Senior Leaving Certificate Examination (including Day School Certificate (Higher) General paper), 1950
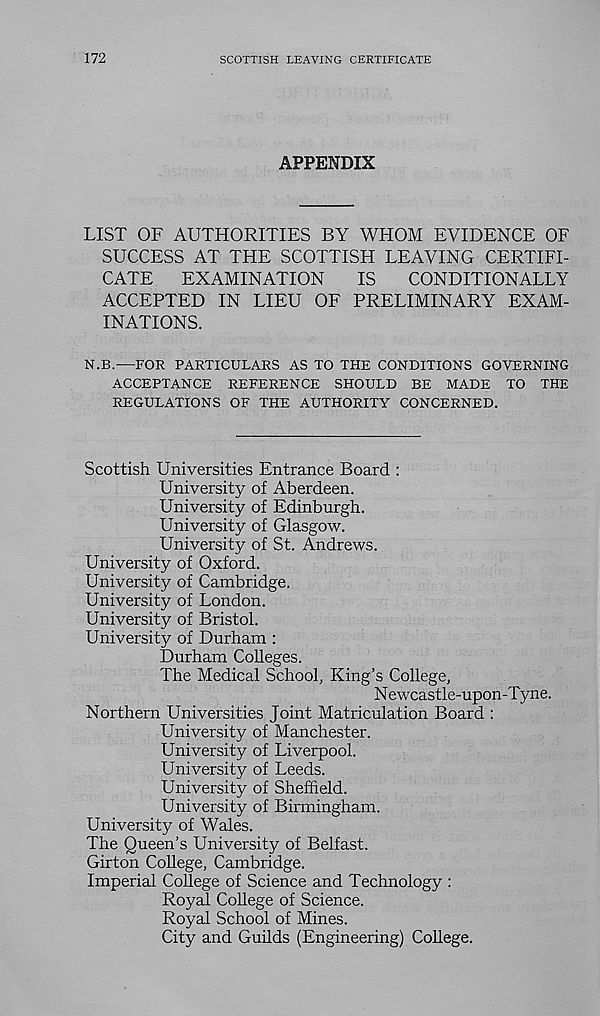
172
SCOTTISH LEAVING CERTIFICATE
APPENDIX
LIST OF AUTHORITIES BY WHOM EVIDENCE OF
SUCCESS AT THE SCOTTISH LEAVING CERTIFI-
CATE
EXAMINATION
IS
CONDITIONALLY
ACCEPTED IN LIEU OF PRELIMINARY EXAM-
INATIONS.
N.B.—FOR PARTICULARS AS TO THE CONDITIONS GOVERNING
ACCEPTANCE REFERENCE SHOULD BE MADE TO THE
REGULATIONS OF THE AUTHORITY CONCERNED.
Scottish Universities Entrance Board :
University of Aberdeen.
University of Edinburgh.
University of Glasgow.
University of St. Andrews.
University of Oxford.
University of Cambridge.
University of London.
University of Bristol.
University of Durham :
Durham Colleges.
The Medical School, King’s College,
N ewcastle-upon-Tyne.
Northern Universities Joint Matriculation Board :
University of Manchester.
University of Liverpool.
University of Leeds.
University of Sheffield.
University of Birmingham.
University of Wales.
The Queen’s University of Belfast.
Girton College, Cambridge.
Imperial College of Science and Technology :
Royal College of Science.
Royal School of Mines.
City and Guilds (Engineering) College.